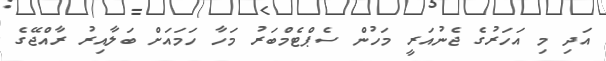
އަދި މި އަހަރުގެ ޖެނުއަރީ މަހުން ސެޕްޓެމްބަރު މަހާ ހަމައަށް ބަލާއިރު ރާއްޖޭގެ